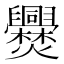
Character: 㸑